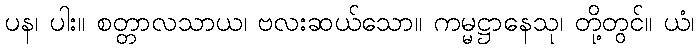
ပန၊ ပါး။ စတ္တာလသာယ၊ ဗလးဆယ်သော။ ကမ္မဋ္ဌာနေသု၊ တို့တွင်။ ယံ၊